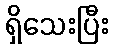
ရှိသေးပြီး